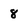
Character: 8